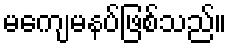
မကျေမနပ်ဖြစ်သည်။